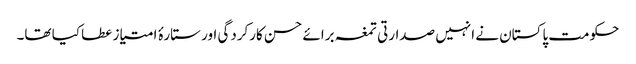
حکومت پاکستان نے انہیں صدارتی تمغہ برائے حسن کارکردگی اور ستارۂ امتیاز عطا کیا تھا۔